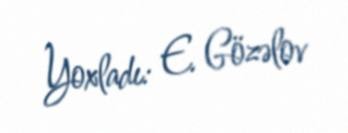
Yoxladı: E. Gözəlov